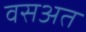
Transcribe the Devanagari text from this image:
वसअत